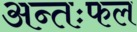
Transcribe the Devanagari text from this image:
अन्तःफल